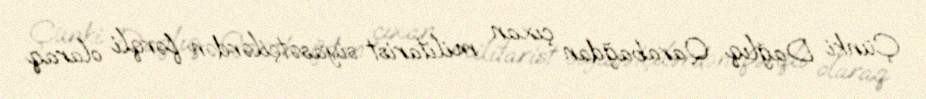
Çünki Dağlıq Qarabağdan çıxan militarist siyasətçilərdən fərqli olaraq